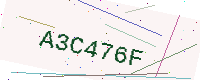
Text: A3C476F